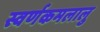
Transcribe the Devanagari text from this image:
स्वर्णकमलालु